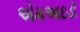
એમઆઇડી